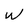
Character: w